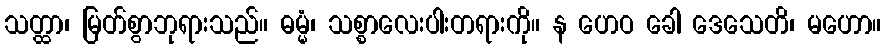
သတ္ထာ၊ မြတ်စွာဘုရားသည်။ ဓမ္မံ၊ သစ္စာလေးပါးတရားကို။ န ဟေဝ ခေါ ဒေသေတိ၊ မဟော။